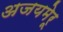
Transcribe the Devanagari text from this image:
अजयमेरू